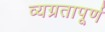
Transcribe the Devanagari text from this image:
व्यग्रतापूर्ण